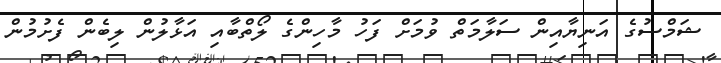
ޝަމްސުގެ އަނިޔާއިން ސަލާމަތް ވުމަށް ފަހު މާހިންގެ ލޯތްބާއި އަޅާލުން ލިބެން ފެށުމުން